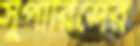
সুপারিশের